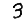
Digit: 3